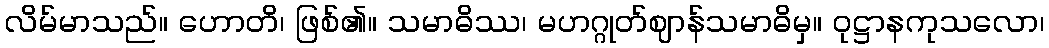
လိမ်မာသည်။ ဟောတိ၊ ဖြစ်၏။ သမာဓိဿ၊ မဟဂ္ဂုတ်ဈာန်သမာဓိမှ။ ဝုဋ္ဌာနကုသလော၊